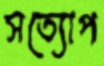
সত্যোপ